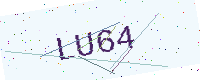
Text: LU64